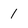
Character: 1